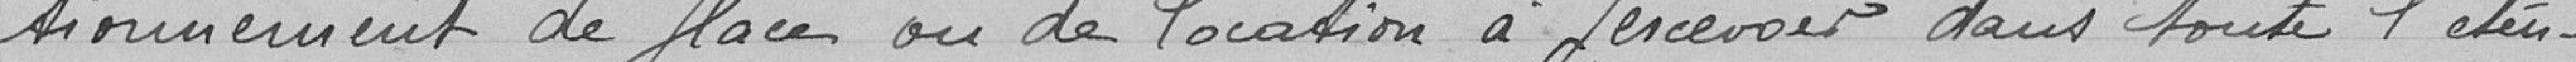
tionnement de place ou de location à percevoir dans toute l'éten-